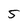
Character: 5